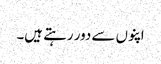
اپنوں سے دور رہتے ہیں۔